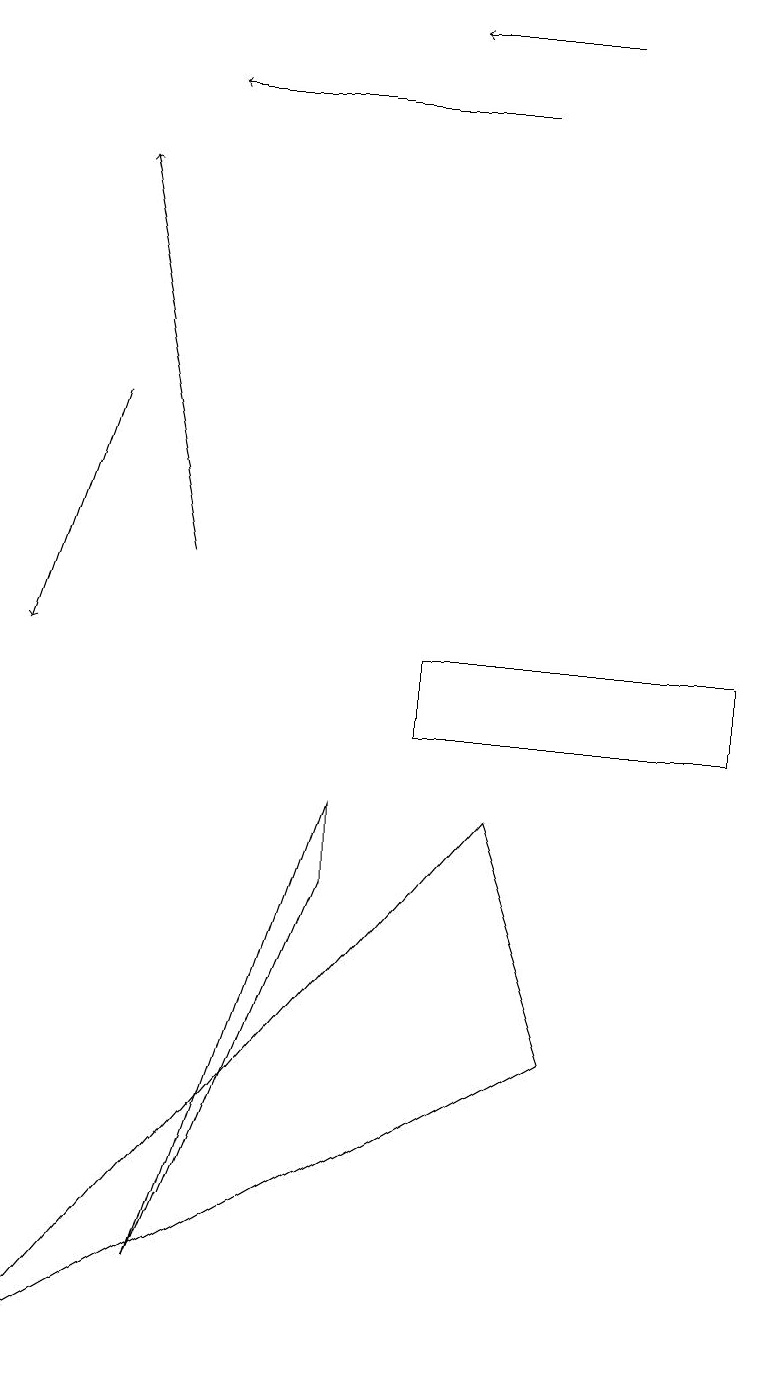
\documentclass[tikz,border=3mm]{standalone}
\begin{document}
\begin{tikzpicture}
\draw (2,3) -- (4,8) -- (4,9) -- cycle;
\draw[->] (7,19) -- (5,19);
\draw[->] (2,12) -- (1,17);
\draw[->] (6,18) -- (2,18);
\draw[->] (1,14) -- (0,11);
\draw (0,2) -- (6,9) -- (7,6) -- cycle;
\draw (9,10) rectangle (5,11);
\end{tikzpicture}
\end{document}